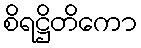
စိရဋ္ဌိတိကော